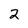
Character: 2